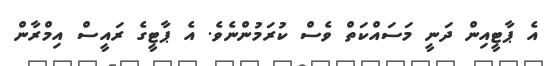
އެ ޕާޓީއިން ދަނީ މަސައްކަތް ވެސް ކުރަމުންނެވެ. އެ ޕާޓީގެ ރައީސް އިމްރާން